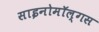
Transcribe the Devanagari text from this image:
साइनोमॉल्गस